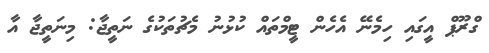
ގްރޫޕް އީގައި ހިމެނޭ އެހެން ޓީމްތައް ކުޅުނު މެޗުތަކުގެ ނަތީޖާ: މިނަތީޖާ އާ